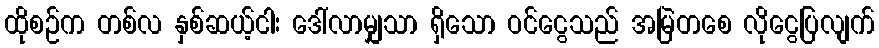
ထိုစဉ်က တစ်လ နှစ်ဆယ့်ငါး ဒေါ်လာမျှသာ ရှိသော ဝင်ငွေသည် အမြဲတစေ လိုငွေပြလျက်